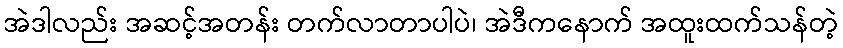
အဲဒါလည်း အဆင့်အတန်း တက်လာတာပါပဲ၊ အဲဒီကနောက် အထူးထက်သန်တဲ့